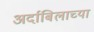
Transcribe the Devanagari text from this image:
अर्दाबिलाच्या